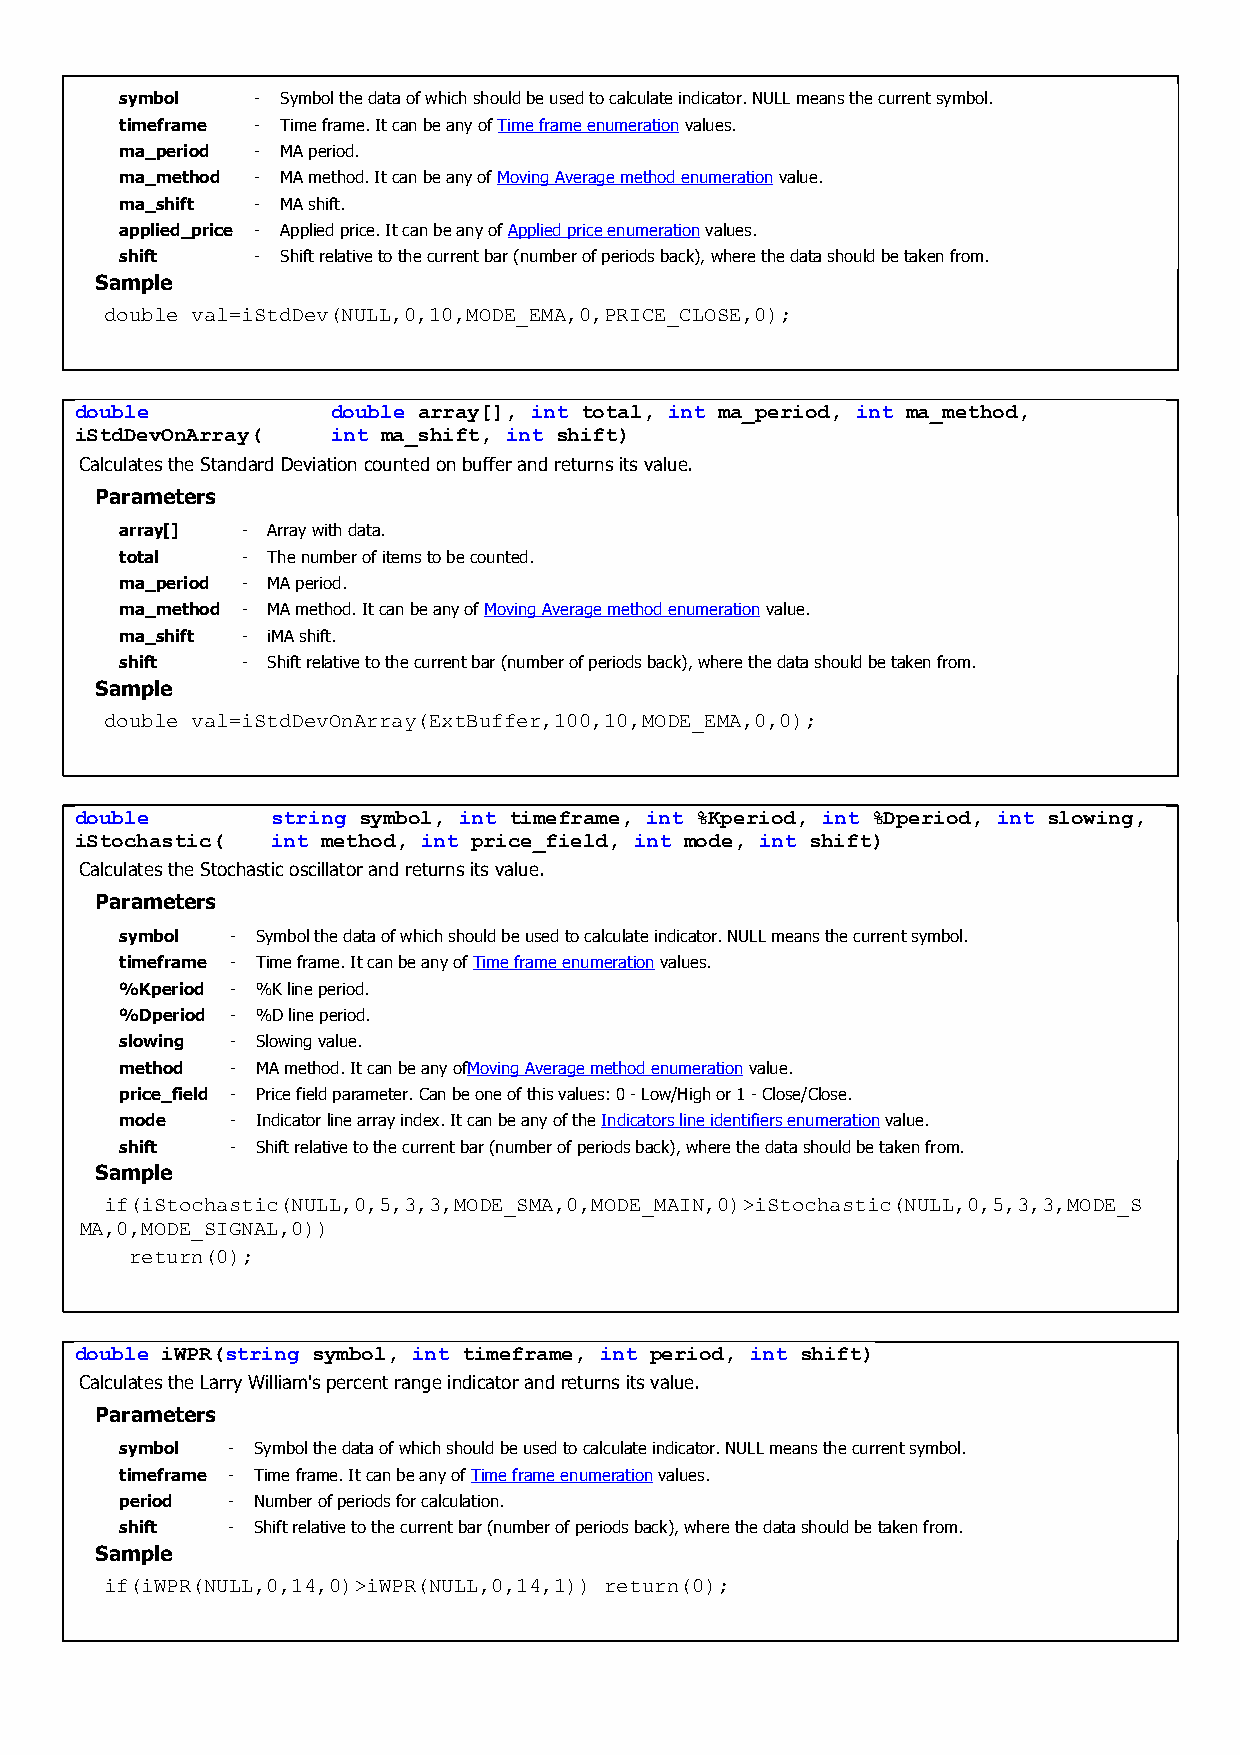
symbol   - Symbol the data of which should be used to calculate indicator. NULL means the current symbol.
 timeframe - Time frame. It can be any of Time frame enumeration values.
 ma_period - MA period.
 ma_method - MA method. It can be any of Moving Average method enumeration value.
 ma_shift - MA shift.
 applied_price - Applied price. It can be any of Applied price enumeration values.
 shift    - Shift relative to the current bar (number of periods back), where the data should be taken from.
 Sample
 double val=iStdDev(NULL,0,10,MODE_EMA,0,PRICE_CLOSE,0);
 double           double array[], int total, int ma_period, int ma_method,
 iStdDevOnArray(  int ma_shift, int shift)
 Calculates the Standard Deviation counted on buffer and returns its value.
 Parameters
 array[] - Array with data.
 total   - The number of items to be counted.
 ma_period - MA period.
 ma_method - MA method. It can be any of Moving Average method enumeration value.
 ma_shift - iMA shift.
 shift   - Shift relative to the current bar (number of periods back), where the data should be taken from.
 Sample
 double val=iStdDevOnArray(ExtBuffer,100,10,MODE_EMA,0,0);
 double       string symbol, int timeframe, int %Kperiod, int %Dperiod, int slowing,
 iStochastic( int method, int price_field, int mode, int shift)
 Calculates the Stochastic oscillator and returns its value.
 Parameters
 symbol - Symbol the data of which should be used to calculate indicator. NULL means the current symbol.
 timeframe - Time frame. It can be any of Time frame enumeration values.
 %Kperiod - %K line period.
 %Dperiod - %D line period.
 slowing - Slowing value.
 method - MA method. It can be any ofMoving Average method enumeration value.
 price_field - Price field parameter. Can be one of this values: 0 - Low/High or 1 - Close/Close.
 mode   - Indicator line array index. It can be any of the Indicators line identifiers enumeration value.
 shift  - Shift relative to the current bar (number of periods back), where the data should be taken from.
 Sample
 if(iStochastic(NULL,0,5,3,3,MODE_SMA,0,MODE_MAIN,0)>iStochastic(NULL,0,5,3,3,MODE_S
 MA,0,MODE_SIGNAL,0))
 return(0);
 double iWPR(string symbol, int timeframe, int period, int shift)
 Calculates the Larry William's percent range indicator and returns its value.
 Parameters
 symbol - Symbol the data of which should be used to calculate indicator. NULL means the current symbol.
 timeframe - Time frame. It can be any of Time frame enumeration values.
 period - Number of periods for calculation.
 shift  - Shift relative to the current bar (number of periods back), where the data should be taken from.
 Sample
 if(iWPR(NULL,0,14,0)>iWPR(NULL,0,14,1)) return(0);